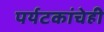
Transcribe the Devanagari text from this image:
पर्यटकांचेही